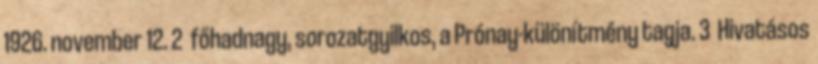
1926. november 12. 2 főhadnagy, sorozatgyilkos, a Prónay-különítmény tagja. 3 Hivatásos